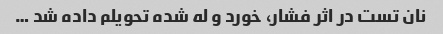
نان تست در اثر فشار، خورد و له شده تحویلم داده شد …